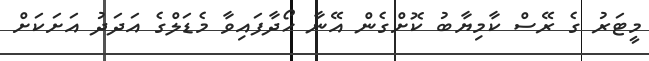
މީޓަރު ގެ ރޭސް ކާމިޔާބު ކޮށްގެން އޭނާ ހޯދާފައިވާ މެޑަލްގެ އަދަދު އަށަކަށް